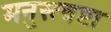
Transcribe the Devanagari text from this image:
मनुस्त्वष्टा